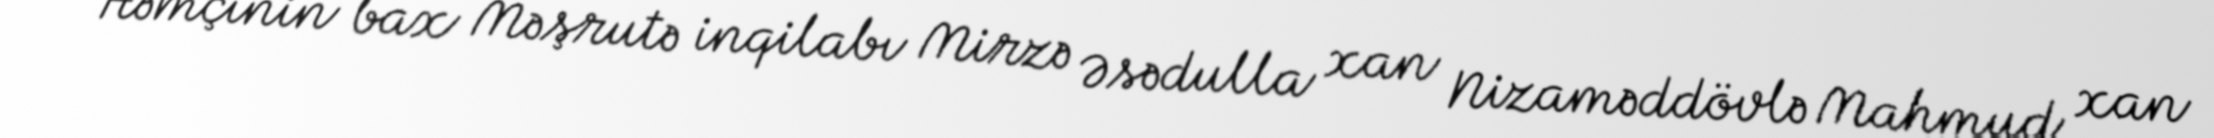
Həmçinin bax Məşrutə inqilabı Mirzə Əsədulla xan Nizaməddövlə Mahmud xan